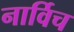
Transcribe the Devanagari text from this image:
नार्विच